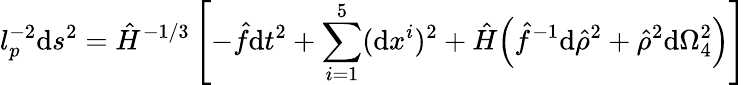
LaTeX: l_{p}^{-2}\mathrm{d}s^{2}=\hat{{H}}^{-1/3}\left[-\hat{{f}}\mathrm{d}t^{2}+\sum_{i=1}^{5}(\mathrm{d}x^{i})^{2}+\hat{{H}}\Big(\hat{{f}}^{-1}\mathrm{d}\hat{{\rho}}^{2}+\hat{{\rho}}^{2}\mathrm{d}\Omega_{4}^{2}\Big)\right]